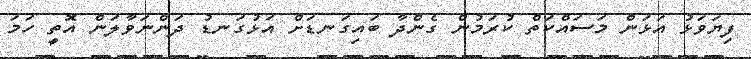
ފިޔަވަޅު އަޅަން މަސައްކަތް ކުރަމުން ގެންދާ ބައިގަނޑަށް އަޅުގަނޑު ދަންނަވާލަން އޮތީ ހަމަ